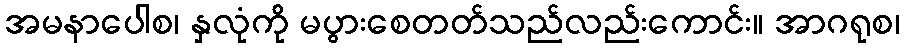
အမနာပေါစ၊ နှလုံကို မပွားစေတတ်သည်လည်းကောင်း။ အာဂရုစ၊